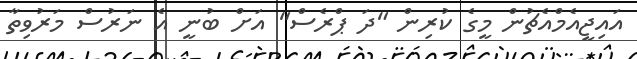
އައިޖީއެމްއެޗުން މީގެ ކުރިން "ދަ ޕްރެސް" އަށް ބުނީ އެ ނަރުސް މަރުވިތާ